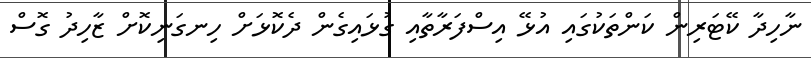
ނާހިދާ ކޭޓަރިން ކަންތަކުގައި އުޅޭ އިސްފަރާތާއި ގުޅައިގެން ދެކޮޅަށް ހިނގަނިކޮށް ޒާހިދު ގޮސް